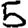
Digit: 5